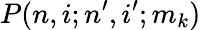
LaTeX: P(n,i;n^{\prime},i^{\prime};m_{k})